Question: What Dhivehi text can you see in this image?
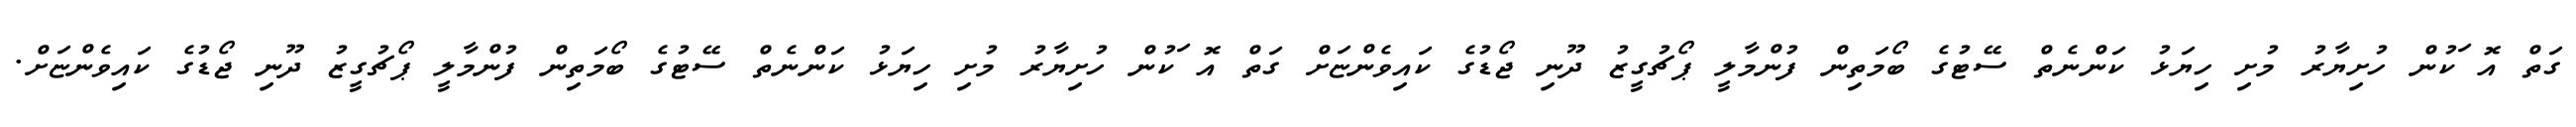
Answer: ގަތް އޮޱަކުން ހުށިޔާރު މުށި ހިޔަޅު ކަންނެތް ސޭޓުގެ ބޯމަތިން ފުންމާލީ ޕޯޗުގީޒު ދޫނި ޖޯޑުގެ ކައިވެންޏަށް ގަތް އޮޱަކުން ހުށިޔާރު މުށި ހިޔަޅު ކަންނެތް ސޭޓުގެ ބޯމަތިން ފުންމާލީ ޕޯޗުގީޒު ދޫނި ޖޯޑުގެ ކައިވެންޏަށް.